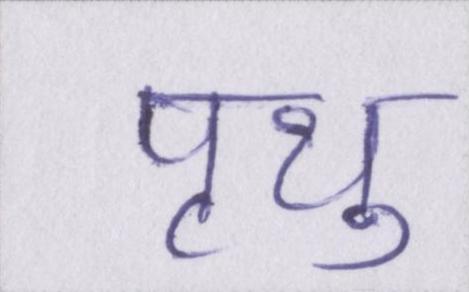
पृथु